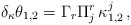
\begin{align*}\delta_\kappa\theta_{1,2} = \Gamma_r \Pi_{j}^r\, \kappa_{1,2}^j\, ,\end{align*}